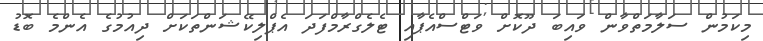
މިކަމުން ސަލާމަތްވާން ވައިބަ ދޫކޮށް ވަޓްސްއެޕާއި ޓެލެގްރާމްފަދަ އެޕްލިކޭޝަންތަކަށް ދިއުމުގެ އެންމެ ބޮޑު